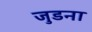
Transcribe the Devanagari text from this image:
जुडना